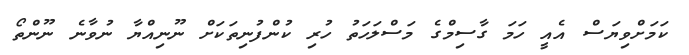
ކަމަށްވިޔަސް އެއީ ހަމަ ގާސިމްގެ މަސްލަހަތު ހުރި ކުންފުނިތަކަށް ނޫނިއްޔާ ނުވާނެ ނޫންތޯ